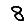
Digit: 8